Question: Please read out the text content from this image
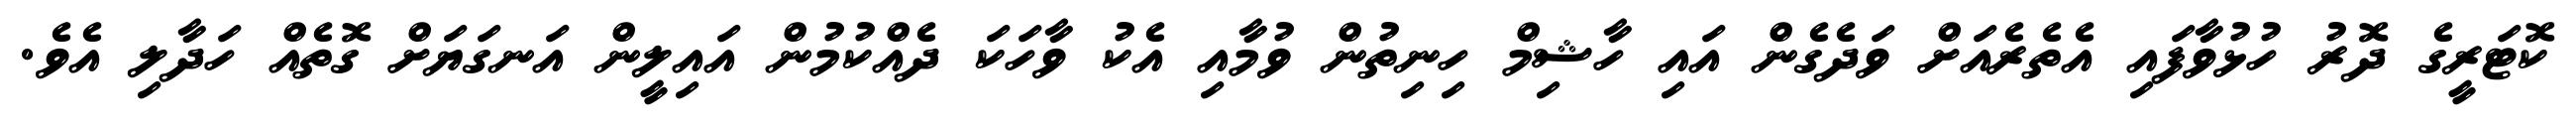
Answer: ކޮޓަރީގެ ދޮރު ހުޅުވާފައި އެތެރެއަށް ވަދެގެން އައި ހާޝިމް ހިނިތުން ވުމާއި އެކު ވާހަކަ ދެއްކުމުން އައިލީން އަނގަޔަށް ގޮތެއް ހަދާލި އެވެ.